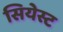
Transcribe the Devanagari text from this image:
सियेस्ट